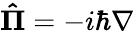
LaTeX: \mathbf{\hat{\Pi}}=-i\hbar\nabla